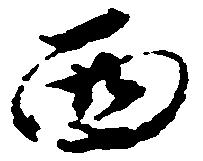
西